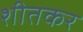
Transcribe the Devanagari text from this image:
शीतकर